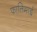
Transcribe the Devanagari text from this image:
फातिमाई